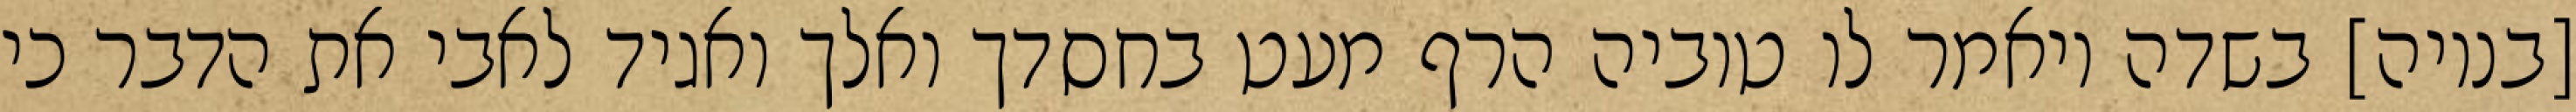
[בנויה] בשדה ויאמר לו טוביה הרף מעט בחסדך ואלך ואגיד לאבי את הדבר כי